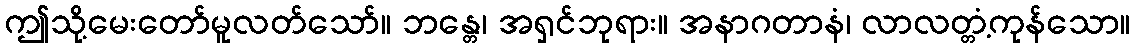
ဤသို့မေးတော်မူလတ်သော်။ ဘန္တေ၊ အရှင်ဘုရား။ အနာဂတာနံ၊ လာလတ္တံ့ကုန်သော။